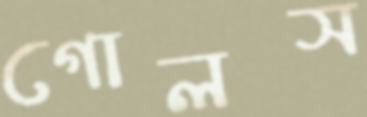
গোলস